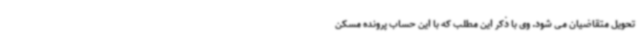
تحویل متقاضیان می شود. وی با ذکر این مطلب که با این حساب پرونده مسکن